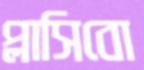
প্লাসিবো